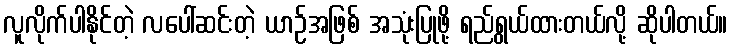
လူလိုက်ပါနိုင်တဲ့ လပေါ်ဆင်းတဲ့ ယာဉ်အဖြစ် အသုံးပြုဖို့ ရည်ရွယ်ထားတယ်လို့ ဆိုပါတယ်။